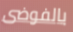
بالفوضى